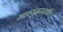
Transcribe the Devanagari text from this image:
महायुद्धाआधीचे